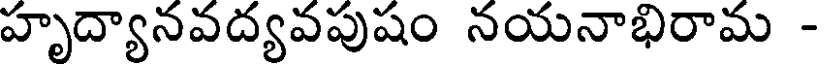
హృద్యానవద్యవపుషం నయనాభిరామ -